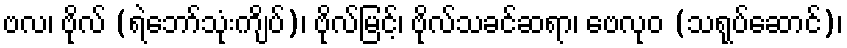
ဗလ၊ ဗိုလ် (ရဲဘော်သုံးကျိပ်)၊ ဗိုလ်မြင့်၊ ဗိုလ်သခင်ဆရာ၊ ဗေလုဝ (သရုပ်ဆောင်)၊